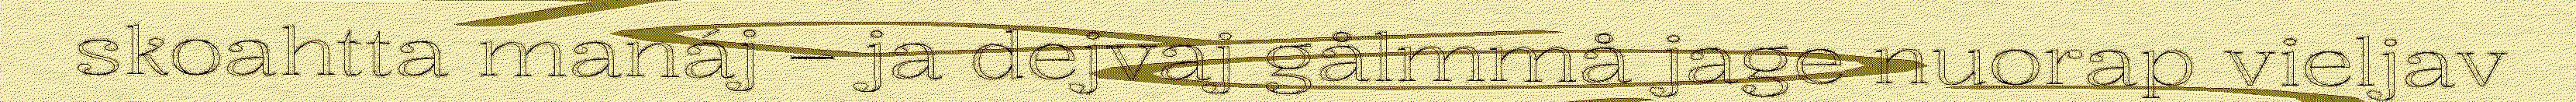
skoahtta manáj – ja dejvaj gålmmå jage nuorap vieljav